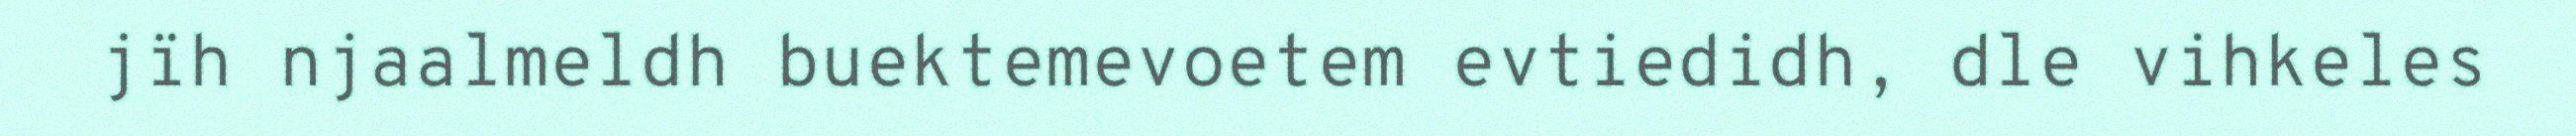
jïh njaalmeldh buektemevoetem evtiedidh, dle vihkeles